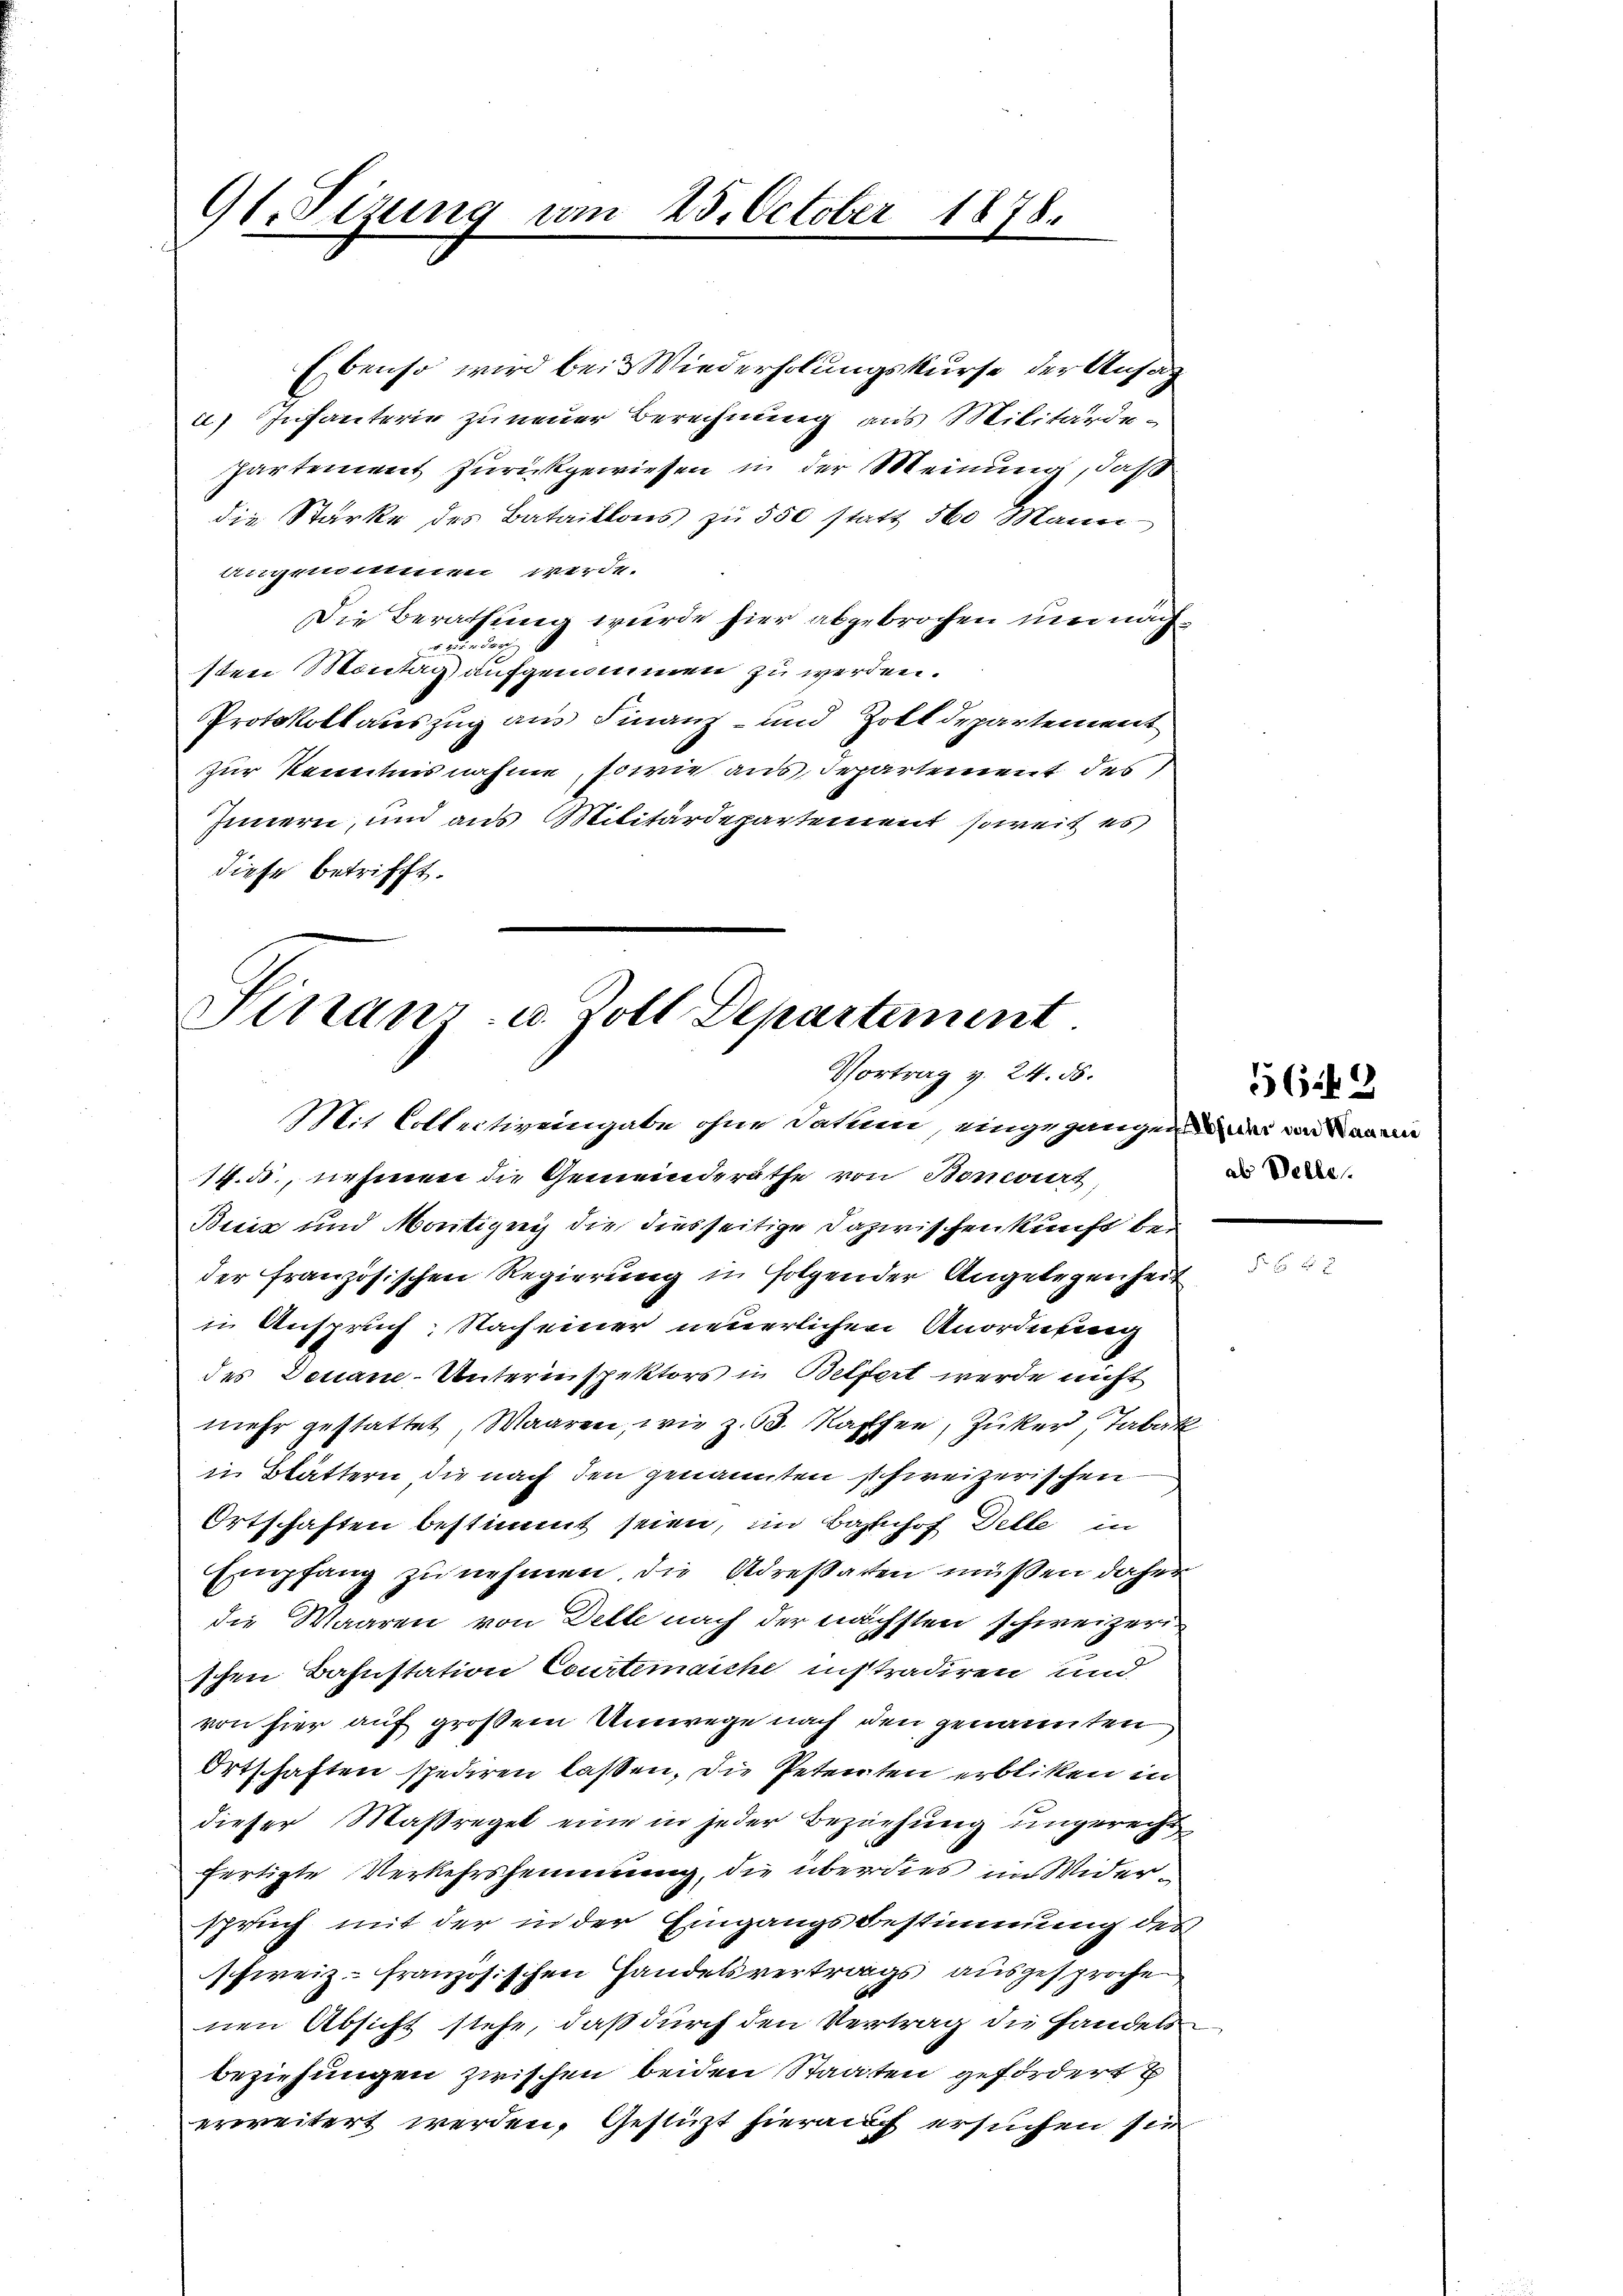
91. Sizung vom 25. October

1878.

Ebenso wird bei Wiederholungskurse der Ansag
a) Infanterie zu neuer Berechnung aus Militärde-
partement zurückgewiesen in der Meinung, daß
die Stärke des Bataillons zu 550 statt 560 Mann
angenommen werde.
Die Berathung wurde hier abgebrochen unnachwieder
sten Montag aufgenommen zu werden.
Protokollauszug aus Finanz- und Zolldepartement
zur Kenntnisnahme, sowie aus Departement des
Innern, und aus Militärdepartement soweit es
diese betrifft.

Finanz- u. Zoll Departement
Vortrag v. 24. 55.

Mit Collectiveingabe ohne Jakun, eingegangen wir von den an
14.ds., nehmen die Gemeinderäthe von Boncours,
Buiz und Montigny die diesseitige Dazwischen kunft beder französischen Regierung in Folgender Angelegenheit
in Anspruch: Nach einer neuerlichen Anordnung
des Donau-Unterinspektors in Betfert werde nicht
mehr gestattet, Waaren, wie z. 63. Kaffen, Zuker, Tabak
in Blättern, die nach den genannten schweizerischen
Ortschaften bestimmt seien, in Bahnhof Delle in
Empfang zu nehmen. Die Adressaten müßen daher
die Waaren von Dette nach der nächsten schweizerischen Bahnstation Courtenaiche instradiren und
von hier auf großem Umwege nach den genannten
Ortschaften spediren laßen, die Petenten erbliken in
dieser Maßregel eine in jeder Beziehung ungerecht
fertigte Verkehrshemmung, die überdies im Widerspruch mit der in der Eingangsbestimmung des
schweiz französischen Handelsvertrags ausgesproche
nen Absicht stehe, daß durch den Vertrag die Handels
beziehungen zwischen beiden Staaten gefordert u
erweitert werden, Gestüzt hierauf ersuchen sie

5649
ab Velle.